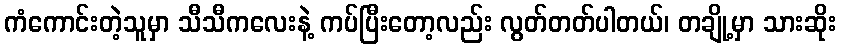
ကံကောင်းတဲ့သူမှာ သီသီကလေးနဲ့ ကပ်ပြီးတော့လည်း လွတ်တတ်ပါတယ်၊ တချို့မှာ သားဆိုး